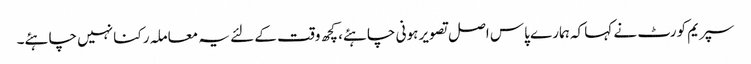
سپریم کورٹ نے کہا کہ ہمارے پاس اصل تصویر ہونی چاہئے، کچھ وقت کے لئے یہ معاملہ رکنا نہیں چاہئے۔